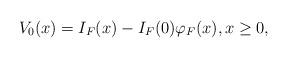
LaTeX: \begin{align*}V_0(x) = I_F(x) - I_F(0) \varphi_F(x), x \geq 0,\end{align*}